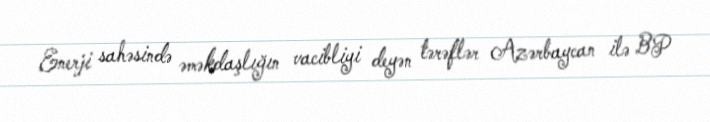
Enerji sahəsində əməkdaşlığın vacibliyi deyən tərəflər Azərbaycan ilə BP